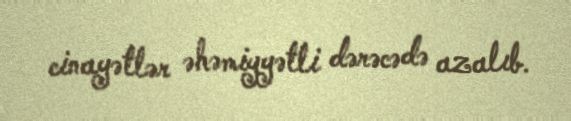
cinayətlər əhəmiyyətli dərəcədə azalıb.